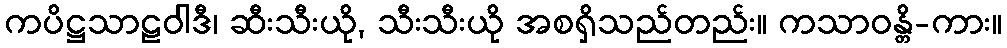
ကပိဋ္ဌသာဠဝါဒီ၊ ဆီးသီးယို, သီးသီးယို အစရှိသည်တည်း။ ကသာဝန္တိ-ကား။